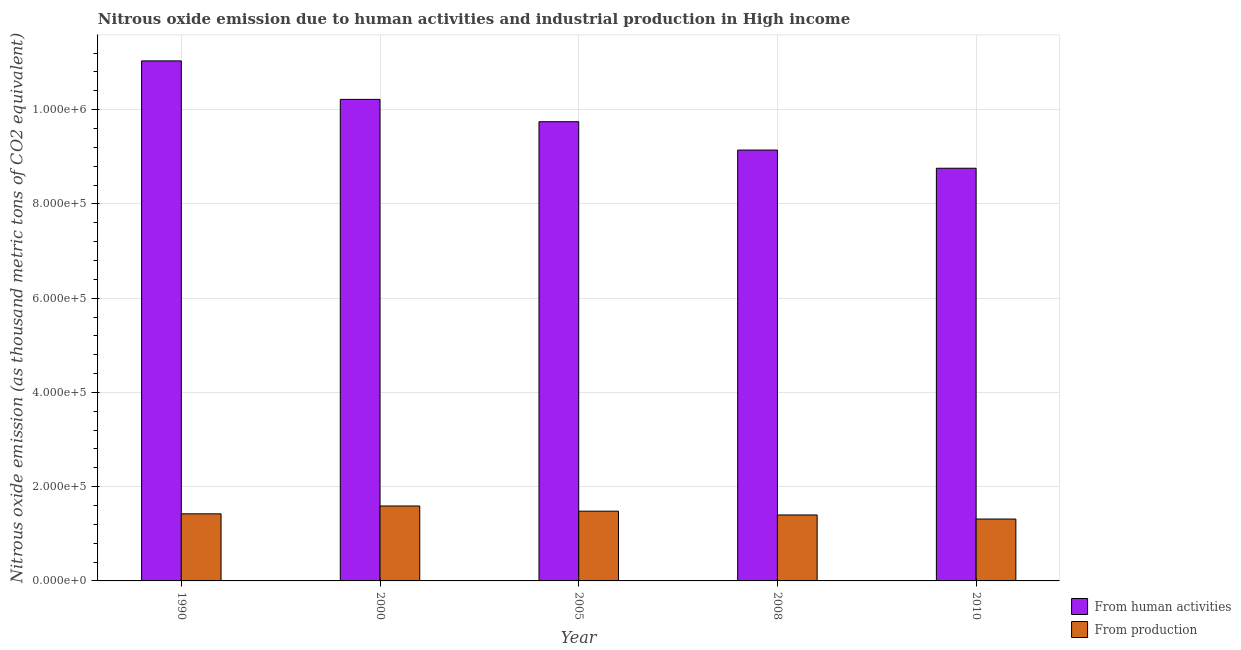
| Year | From human activities | From production |
 | --- | --- | --- |
 | 1990 | 1.1e+06 | 1.42e+05 |
 | 2000 | 1.02e+06 | 1.59e+05 |
 | 2005 | 9.74e+05 | 1.48e+05 |
 | 2008 | 9.14e+05 | 1.4e+05 |
 | 2010 | 8.76e+05 | 1.31e+05 |